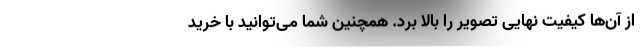
از آن‌ها کیفیت نهایی تصویر را بالا برد. همچنین شما می‌توانید با خرید